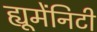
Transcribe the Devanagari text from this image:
ह्यूमेंनिटी